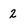
Character: 2